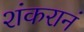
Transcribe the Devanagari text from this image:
शंकरानं